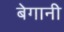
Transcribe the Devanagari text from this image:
बेगानी